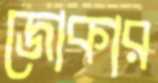
জোকার